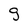
Character: 9